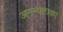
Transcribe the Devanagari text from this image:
अनन्यताका